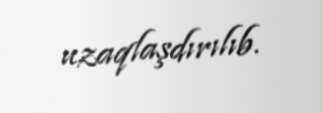
uzaqlaşdırılıb.